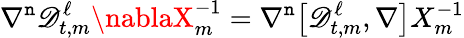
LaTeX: \nabla^{\mathtt{n}}\mathscr{{D}}_{t,m}^{\ell}\nablaX_{m}^{-1}=\nabla^{\mathtt{n}}\bigl[\mathscr{{D}}_{t,m}^{\ell},\nabla\bigr]X_{m}^{-1}